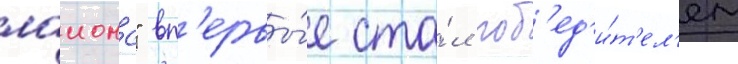
лаионс" вп'ервы́е ста́л поб'ед'и́т'ел'ем